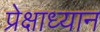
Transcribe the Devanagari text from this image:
प्रेक्षाध्यान